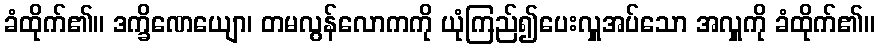
ခံထိုက်၏။ ဒက္ခိဏေယျော၊ တမလွန်လောကကို ယုံကြည်၍ပေးလှူအပ်သော အလှူကို ခံထိုက်၏။